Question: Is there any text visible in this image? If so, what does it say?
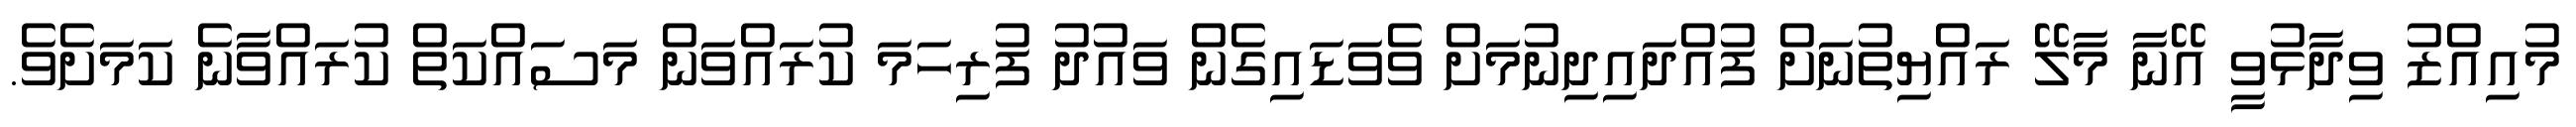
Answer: މުއިއްޒު ވިދާޅުވީ އޭނާ މާލޭ ރައްޔިތުނަށް ފުއްދައިދިނުމަށް ވެވަޑައިގެން ވައުދު ފުރިހަމަ ކުރައްވަން މަސައްކަތް ކުރައްވާނެ ކަމަށެވެ.